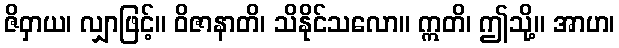
ဇိဝှာယ၊ လျှာဖြင့်။ ဝိဇာနာတိ၊ သိနိုင်သလော။ ဣတိ၊ ဤသို့။ အာဟ၊